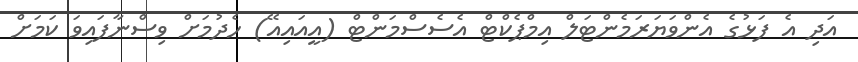
އަދި އެ ފަޅުގެ އެންވަޔަރަމެންޓަލް އިމްޕެކްޓް އެސެސްމަންޓް (އީއައިއޭ) ހެދުމަށް ވިސްނާފައިވަ ކަމަށް